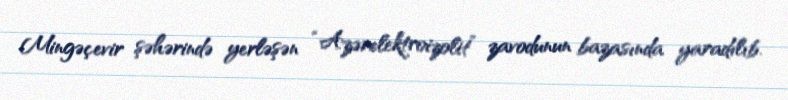
Mingəçevir şəhərində yerləşən “Azərelektroizolit” zavodunun bazasında yaradılıb.